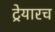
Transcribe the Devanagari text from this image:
ट्रेयारच